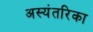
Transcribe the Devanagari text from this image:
अस्यंतरिका